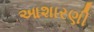
આશારણી